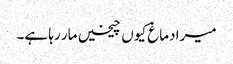
میرا دماغ کیوں چیخیں مار رہا ہے۔